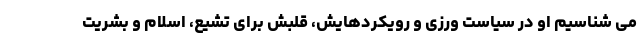
می شناسیم او در سیاست ورزی و رویکردهایش، قلبش برای تشیع، اسلام و بشریت